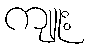
ကျူး